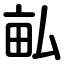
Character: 畆